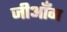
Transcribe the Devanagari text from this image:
जीआँग